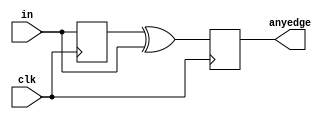
module top_module (
    input clk,
    input [7:0] in,
    output [7:0] anyedge
);
    
    wire [7:0] tmp;
    
    always @(posedge clk) begin
        tmp<=in;
        anyedge <= tmp^in;
    end

endmodule